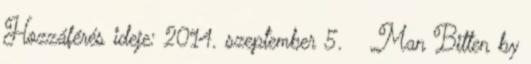
Hozzáférés ideje: 2014. szeptember 5. ↑ „Man Bitten by